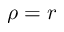
\rho = r